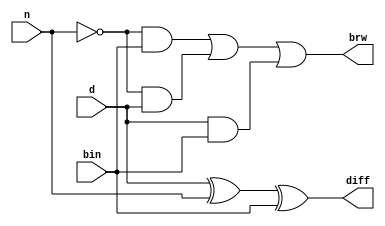
`timescale 1ns / 1ps

module FS(n,d,bin,diff,brw);
    input d,n,bin;
    output diff,brw;
    
    assign diff=d^n^bin;
    assign brw=((~n)&bin) |((~n)&d) |(d&bin);
    
endmodule